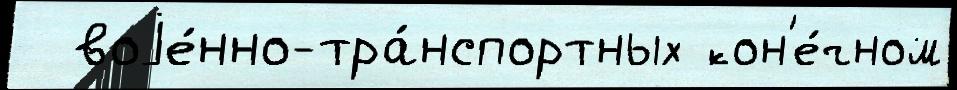
  воjе́нно-тра́нспортных кон'е́чном